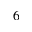
6